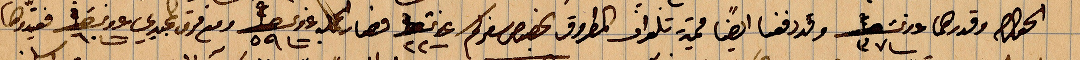
الحصص وقدرها ٣٧ ... وقد دفعنا ايضاًأ قيمة تلغراف المطروق بخصوص سفركم ٢٢ ... فصار مجمل ٥٩ ... ومع فرق مجيدي ... فقيدوها